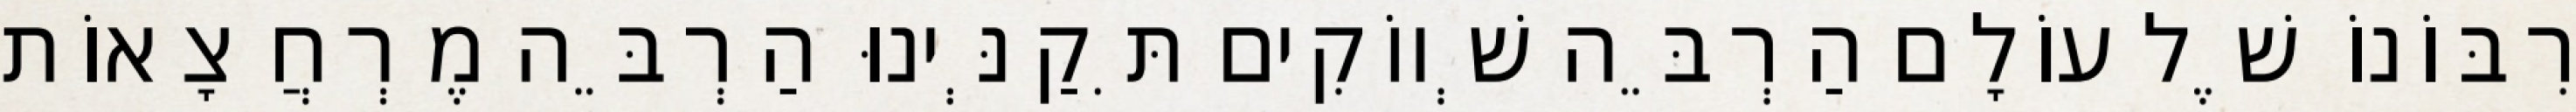
רִבּוֹנוֹ שֶׁל עוֹלָם הַרְבֵּה שְׁווֹקִים תִּקַנְּינוּ הַרְבֵּה מֶרְחֲצָאוֹת